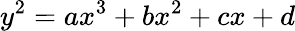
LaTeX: y^{2}=ax^{3}+bx^{2}+cx+d